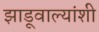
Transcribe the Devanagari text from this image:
झाडूवाल्यांशी